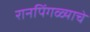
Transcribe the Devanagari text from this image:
रानपिंगळ्याचे